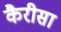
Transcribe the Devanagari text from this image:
कैरीसा